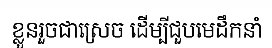
ខ្លួនរួចជាស្រេច ដើម្បីជួបមេដឹកនាំ